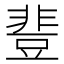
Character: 𰶝